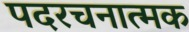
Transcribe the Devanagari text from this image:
पदरचनात्मक